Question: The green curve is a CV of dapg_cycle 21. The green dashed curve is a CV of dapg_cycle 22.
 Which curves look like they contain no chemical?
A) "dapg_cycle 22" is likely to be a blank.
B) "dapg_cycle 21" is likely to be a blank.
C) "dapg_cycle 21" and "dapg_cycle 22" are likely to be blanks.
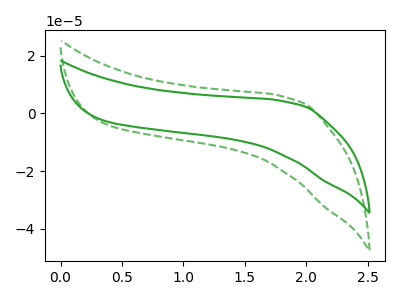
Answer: <think>The green curve "dapg_cycle 21" has no peaks. The green dashed curve "dapg_cycle 22" has no peaks.</think>
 <answer>C) "dapg_cycle 21" and "dapg_cycle 22" are likely to be blanks.</answer>
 <eval>C</eval>